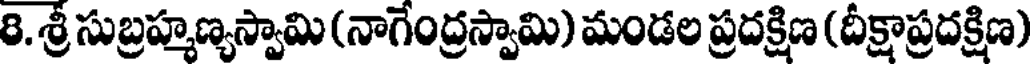
8. శ్రీ సుబ్రహ్మణ్యస్వామి (నాగేంద్రస్వామి) మండల ప్రదక్షిణ (దీక్షాప్రదక్షిణ)